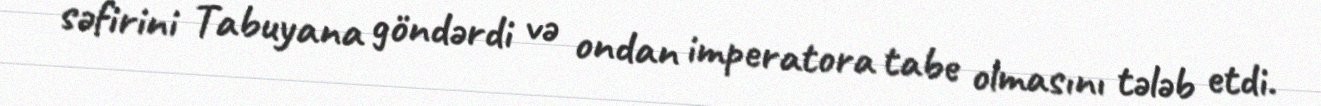
səfirini Tabuyana göndərdi və ondan imperatora tabe olmasını tələb etdi.